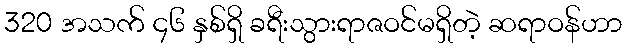
320 အသက် ၄၆ နှစ်ရှိ ခရီးသွားရာဇဝင်မရှိတဲ့ ဆရာဝန်ဟာ